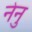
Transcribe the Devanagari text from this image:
नेनु